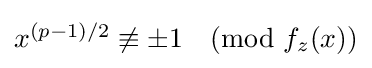
{\textstyle x^{(p-1)/2}\not \equiv \pm 1{\pmod {f_{z}(x)}}}